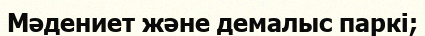
Мәдениет және демалыс паркі;